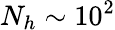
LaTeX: N_{h}\sim 10^{2}